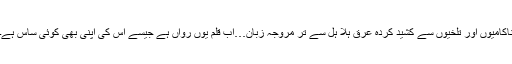
ناکامیوں اور تلخیوں سے کشید کردہ عرق ہلا ہل سے تر مروجہ زبان…اب قلم یوں رواں ہے جیسے اس کی اپنی بھی کوئی ساس ہے۔